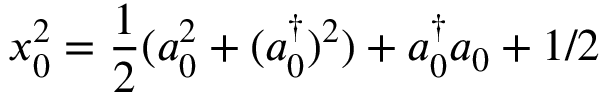
x _ { 0 } ^ { 2 } = \frac { 1 } { 2 } ( a _ { 0 } ^ { 2 } + ( a _ { 0 } ^ { \dagger } ) ^ { 2 } ) + a _ { 0 } ^ { \dagger } a _ { 0 } + 1 / 2